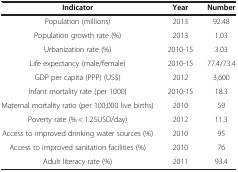
<table><thead><tr><td><b>Indicator</b></td><td><b>Year</b></td><td><b>Number</b></td></tr></thead><tbody><tr><td>Population (millions)</td><td>2013</td><td>92.48</td></tr><tr><td>Population growth rate (%)</td><td>2013</td><td>1.03</td></tr><tr><td>Urbanization rate (%)</td><td>2010-15</td><td>3.03</td></tr><tr><td>Life expectancy (male/female)</td><td>2010-15</td><td>77.4/73.4</td></tr><tr><td>GDP per capita (PPP) (US$)</td><td>2012</td><td>3,600</td></tr><tr><td>Infant mortality rate (per 1000)</td><td>2010-15</td><td>18.3</td></tr><tr><td>Maternal mortality ratio (per 100,000 live births)</td><td>2010</td><td>59</td></tr><tr><td>Poverty rate (% &lt; 1.25USD/day)</td><td>2012</td><td>11.3</td></tr><tr><td>Access to improved drinking water sources (%)</td><td>2010</td><td>95</td></tr><tr><td>Access to improved sanitation facilities (%)</td><td>2010</td><td>76</td></tr><tr><td>Adult literacy rate (%)</td><td>2011</td><td>93.4</td></tr></tbody></table>